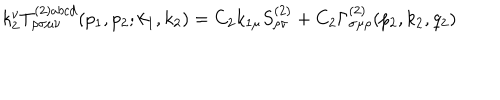
k _ { 2 } ^ { \nu } T _ { \rho \sigma \mu \nu } ^ { ( 2 ) a b c d } ( p _ { 1 } , p _ { 2 } ; k _ { 1 } , k _ { 2 } ) = C _ { 2 } k _ { 1 \mu } S _ { \rho \sigma } ^ { ( 2 ) } + C _ { 2 } \Gamma _ { \sigma \mu \rho } ^ { ( 2 ) } ( p _ { 2 } , k _ { 2 } , q _ { 2 } )